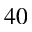
4 0